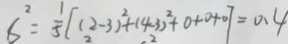
S ^ { 2 } = \frac { 1 } { 5 } [ ( 2 - 3 ) ^ { 2 } + ( 4 - 3 ) ^ { 2 } + 0 + 0 + 0 + 0 ] = 0 . 4